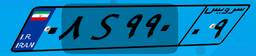
۶۹S۸۹۱۱۵